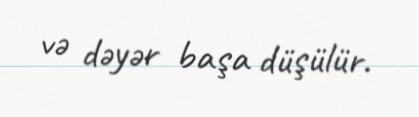
və dəyər başa düşülür.